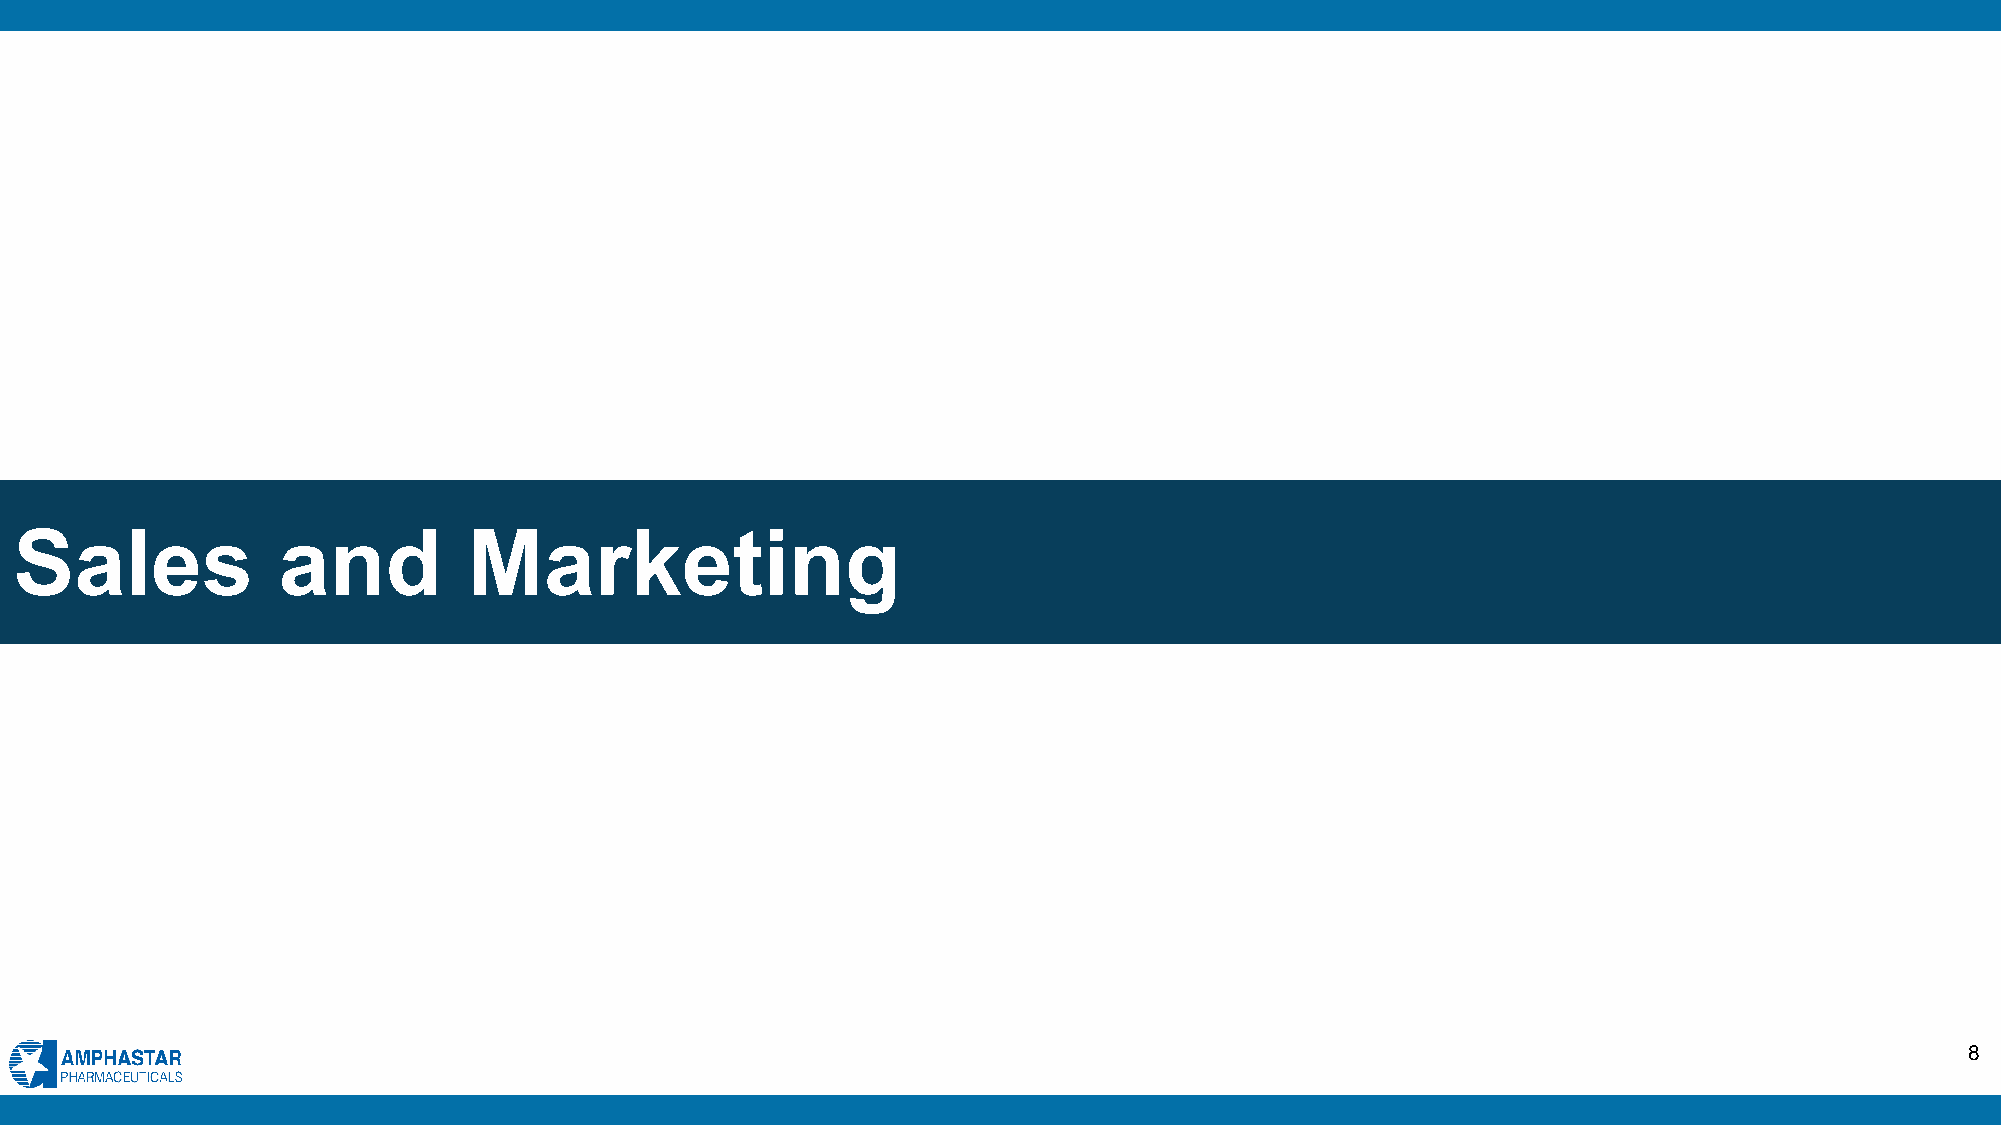
Sales            and          Marketing
 8